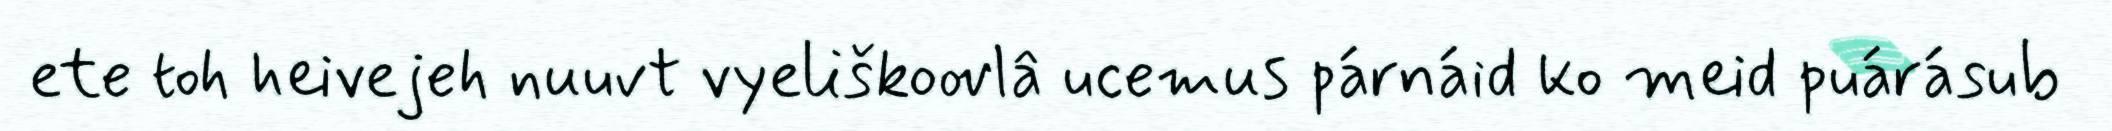
ete toh heivejeh nuuvt vyeliškoovlâ ucemus párnáid ko meid puárásub